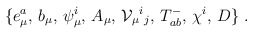
\begin{align*}\{ e_\mu^a,\,b_\mu,\, \psi_\mu^i,\,A_\mu,\,{\cal V}_\mu{}^i{}_j,\,T^-_{ab},\, \chi^i,\, D\}\ .\end{align*}